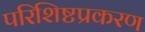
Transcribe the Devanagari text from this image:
परिशिष्टप्रकरण